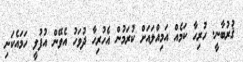
ޤުރުބާނީ. ހުރިހާ ކަމެއް އަމިއްލައަށް ކުރަމުން އެހުރިހާ ދުވަހު އެވޭން އުފުލީ ހަމައެކަނި